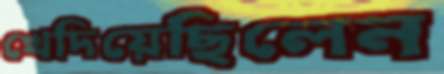
খেদিয়েছিলেন